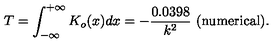
T = \int _ { - \infty } ^ { + \infty } K _ { o } ( x ) d x = - \frac { 0 . 0 3 9 8 } { k ^ { 2 } } \ \mathrm { ( n u m e r i c a l ) } .